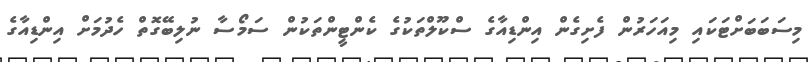
މިސަބަބަށްޓަކައި މިއަހަރުން ފެށިގެން އިންޑިއާގެ ސްކޫލްތަކުގެ ކެންޓީންތަކުން ސަމޯސާ ނުލިބޭގޮތް ހެދުމަށް އިންޑިއާގެ